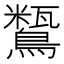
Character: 𪅒